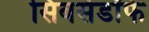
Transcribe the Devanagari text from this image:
सिबर्सडॉर्फ